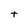
Character: t